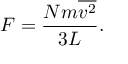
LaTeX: F = { \frac { N m { \overline { { v ^ { 2 } } } } } { 3 L } } .